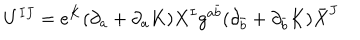
U ^ { I J } = e ^ { K } ( \partial _ { a } + \partial _ { a } K ) X ^ { I } g ^ { a \bar { b } } ( \partial _ { \bar { b } } + \partial _ { \bar { b } } K ) \bar { X } ^ { J }